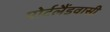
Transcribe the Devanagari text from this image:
पोर्टलैंडवासी